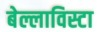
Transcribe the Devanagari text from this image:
बेल्लाविस्टा